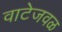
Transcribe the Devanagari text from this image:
वाटेजवळ